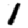
Digit: 1